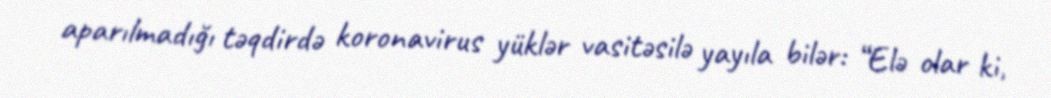
aparılmadığı təqdirdə koronavirus yüklər vasitəsilə yayıla bilər: “Elə olar ki,